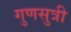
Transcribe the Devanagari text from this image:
गुणसुत्री